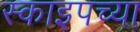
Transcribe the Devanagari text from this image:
स्काइपच्या